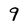
Character: 9